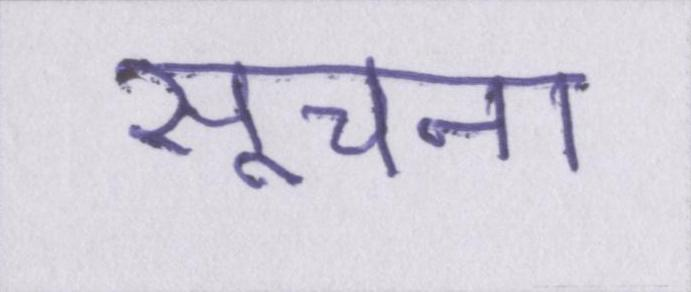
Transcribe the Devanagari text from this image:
सूचना